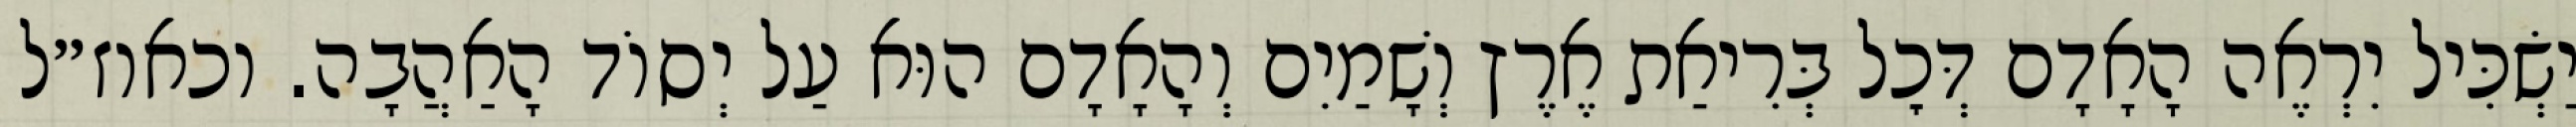
יַשְׂכִּיל יִרְאֶה הָאָדָם דְּכׇל בְּרִיאַת אֶרֶץ וְשָׁמַיִם וְהָאָדָם הוּא עַל יְסוֹד הָאַהֲבָה. וכאוז״ל